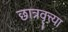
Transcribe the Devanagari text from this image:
छात्रवृत्त्या